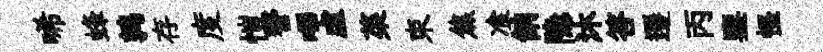
唏蜂鹑存度愷警嗶虚菜束焦飡餉隐沐答遷丙鑒怪